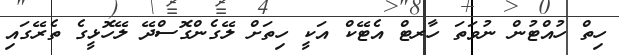
ހިތް ހުއްޓުން ނުވަތަ ހާރޓް އެޓޭކް އަކީ ހިތަށް ލޭގެންގޮސްދޭ ލޭހޮޅީގެ ތެރޭގައި